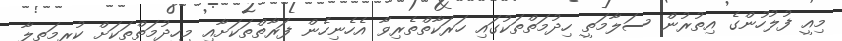
މިއީ ފުލުހުންގެ އިތުރުން ސަލާމަތީ ހިދުމަތްތަކުގައި ހަރަކާތްތެރިވާ އެހެނިހެން ފަރާތްތަކަށާއި މިހިދުމަތްތަކަށް ކުރިމަތިލާ